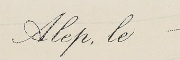
Alep, le